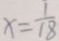
x = \frac { 1 } { 1 8 }